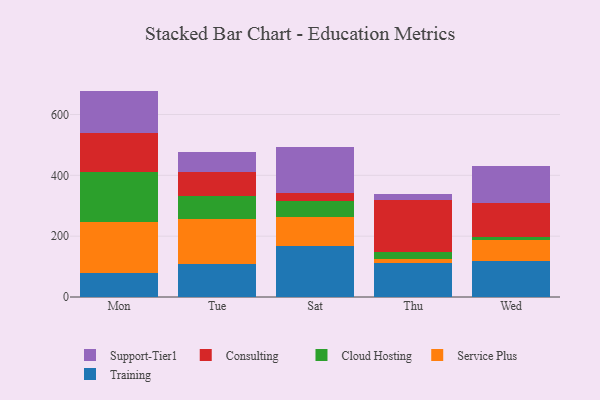
{"axis": {"x": "Day", "y": "Satisfaction Score"}, "legend": ["Cloud Hosting", "Consulting", "Service Plus", "Support-Tier1", "Training"], "data": [{"x": "Mon", "y": 80.3, "type": "Training"}, {"x": "Mon", "y": 167.6, "type": "Service Plus"}, {"x": "Mon", "y": 163.0, "type": "Cloud Hosting"}, {"x": "Mon", "y": 129.4, "type": "Consulting"}, {"x": "Mon", "y": 137.4, "type": "Support-Tier1"}, {"x": "Tue", "y": 107.7, "type": "Training"}, {"x": "Tue", "y": 148.0, "type": "Service Plus"}, {"x": "Tue", "y": 77.5, "type": "Cloud Hosting"}, {"x": "Tue", "y": 78.8, "type": "Consulting"}, {"x": "Tue", "y": 65.7, "type": "Support-Tier1"}, {"x": "Sat", "y": 168.7, "type": "Training"}, {"x": "Sat", "y": 94.8, "type": "Service Plus"}, {"x": "Sat", "y": 53.5, "type": "Cloud Hosting"}, {"x": "Sat", "y": 23.9, "type": "Consulting"}, {"x": "Sat", "y": 151.7, "type": "Support-Tier1"}, {"x": "Thu", "y": 113.2, "type": "Training"}, {"x": "Thu", "y": 12.3, "type": "Service Plus"}, {"x": "Thu", "y": 23.7, "type": "Cloud Hosting"}, {"x": "Thu", "y": 171.3, "type": "Consulting"}, {"x": "Thu", "y": 18.5, "type": "Support-Tier1"}, {"x": "Wed", "y": 117.6, "type": "Training"}, {"x": "Wed", "y": 71.3, "type": "Service Plus"}, {"x": "Wed", "y": 9.3, "type": "Cloud Hosting"}, {"x": "Wed", "y": 110.3, "type": "Consulting"}, {"x": "Wed", "y": 123.8, "type": "Support-Tier1"}]}